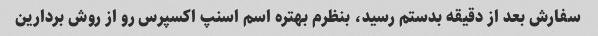
سفارش بعد از دقیقه بدستم رسید، بنظرم بهتره اسم اسنپ اکسپرس رو از روش بردارین